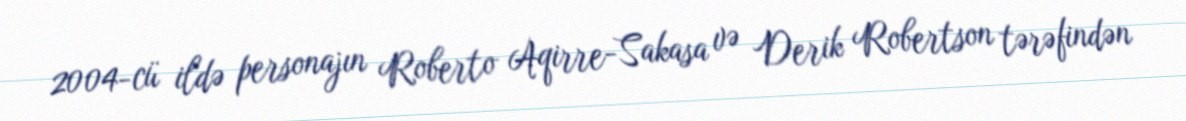
2004-cü ildə personajın Roberto Aqirre-Sakasa və Derik Robertson tərəfindən